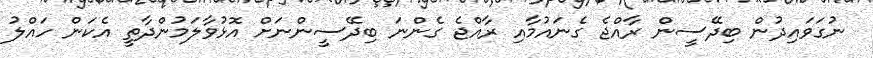
ނުގަވައިދުން ބިދޭސީން ރާއްޖެ ގެނައުމާއި ރާއްޖެ ގެންނަ ބިދޭސީންނަށް އޮޅުވާލަމުންދާތީ އެކަން ހައްލު